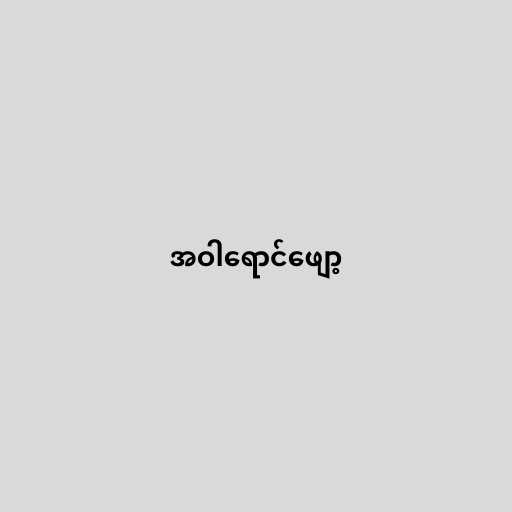
အဝါရောင်ဖျော့